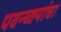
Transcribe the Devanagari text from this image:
पवन्च्क्यांचा